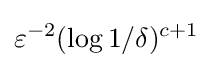
\varepsilon ^{-2}(\log 1/\delta )^{c+1}